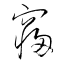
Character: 寢